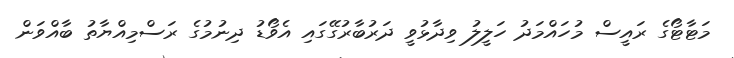
މަޓާޓޯގެ ރައީސް މުހައްމަދު ހަލީލު ވިދާޅުވީ ދަރުބާރުގޭގައި އެވޯޑު ދިނުމުގެ ރަސްމިއްޔާތު ބާއްވަން